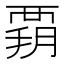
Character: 𧟳